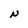
Character: N